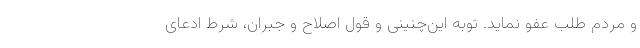
و مردم طلب عفو نماید. توبه این‌چنینی و قول اصلاح‌ و جبران، شرط ادعای